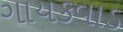
ગાયકવાડ